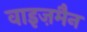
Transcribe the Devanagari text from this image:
वाइज़मैन